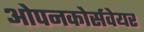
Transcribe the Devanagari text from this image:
ओपनकोर्सवेयर